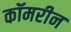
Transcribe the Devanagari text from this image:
कॉमरीन